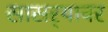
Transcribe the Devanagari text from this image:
सासर्‍यावर